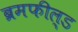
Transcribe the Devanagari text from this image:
ब्रमफील्ड